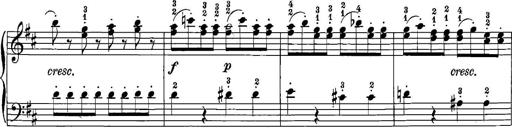
Title: 12 Sonatinas
Composer: Ignaz Pleyel